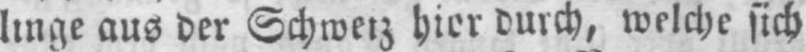
linge aus der Schweiz hier durch, welche sich